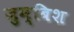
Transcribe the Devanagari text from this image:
जुम्बिश